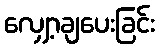
လျှော့ချပေးခြင်း